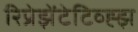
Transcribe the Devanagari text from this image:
रिप्रेझेंटेटिव्ह्झ